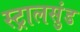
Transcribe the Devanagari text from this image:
स्ट्रालसुंड